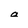
Character: a